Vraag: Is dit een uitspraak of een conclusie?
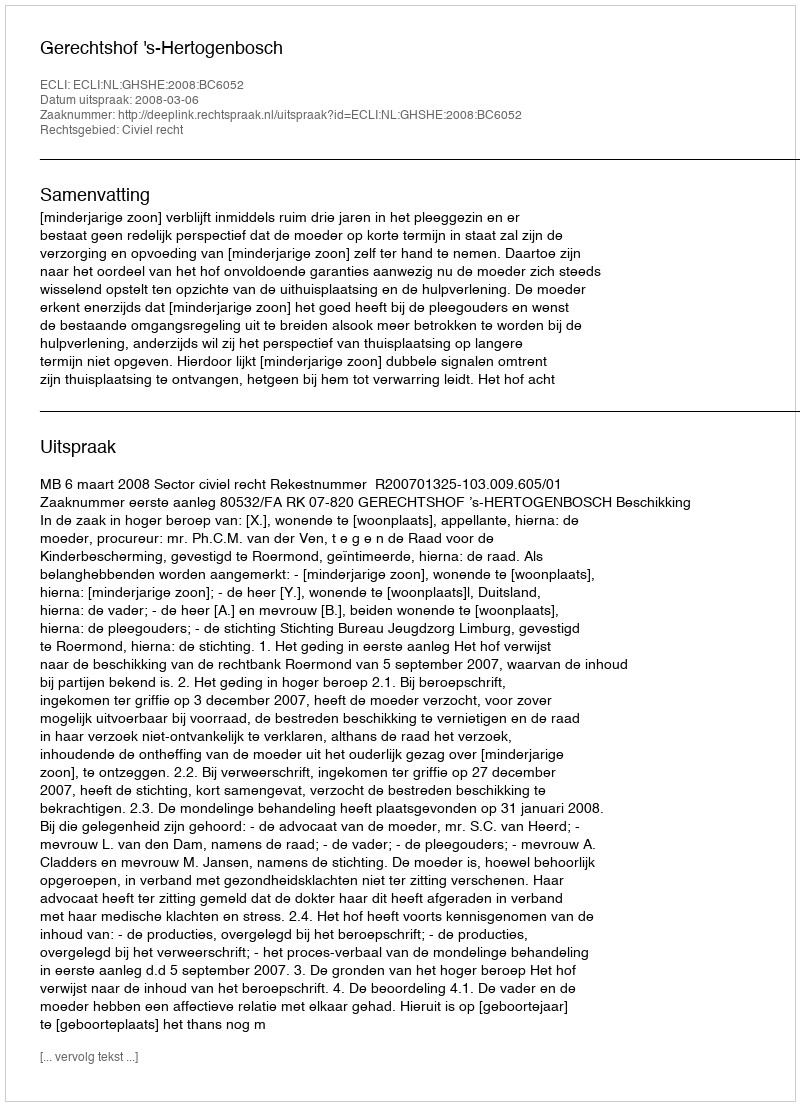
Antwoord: Uitspraak